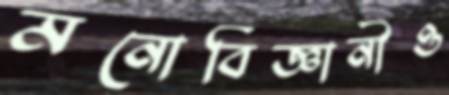
মনোবিজ্ঞানীও